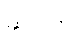
ဆပ်ပြာ